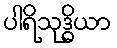
ပါရိသုဒ္ဓိယာ